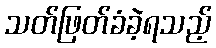
သတ်ဖြတ်ခံခဲ့ရသည့်